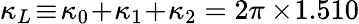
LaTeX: \kappa_{L}\! \equiv\! \kappa_{0}\! +\! \kappa_{1}\! +\! \kappa_{2}=2\pi\times\! 1.510